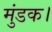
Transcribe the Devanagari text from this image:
मुंडक।